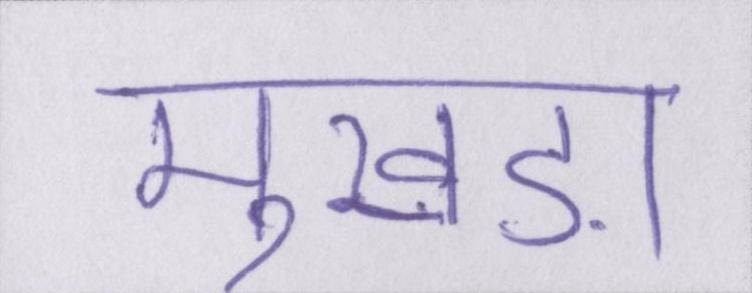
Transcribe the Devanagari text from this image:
मुखड़ा